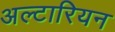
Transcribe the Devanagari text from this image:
अल्टारियन